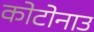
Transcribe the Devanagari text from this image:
कोटोनाउ